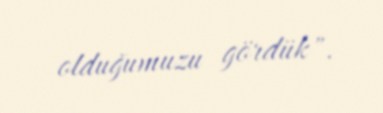
olduğumuzu gördük".